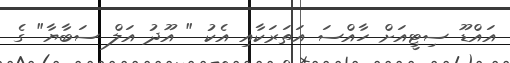
އައްޑޫ ސިޓީއަށް ހާއްސަ އަތަރަކާއި އެކު " އޫދު އަލް ސަބާޔާ" ގެ